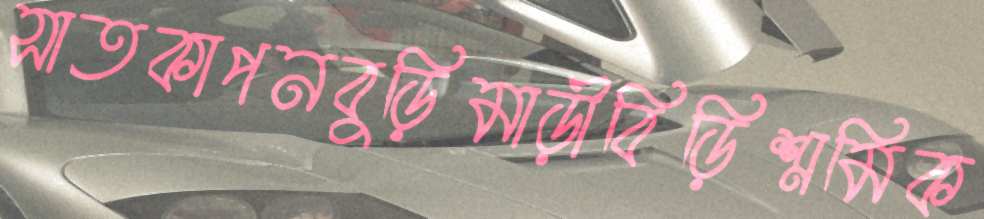
সাতকাপনবুড়িমাড়ীবিড়িশ্রমিক